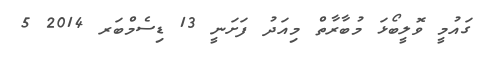
ގައުމީ ވޮލީބޯޅަ މުބާރާތް މިއަދު ފަށަނީ 13 ޑިސެމްބަރ 2014 5